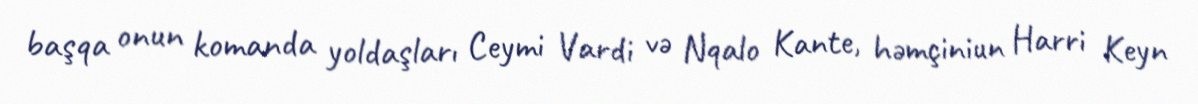
başqa onun komanda yoldaşları Ceymi Vardi və Nqalo Kante, həmçiniun Harri Keyn